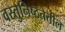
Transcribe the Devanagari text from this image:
वस्तुनिष्ठतेतील